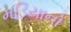
મડિયાનો